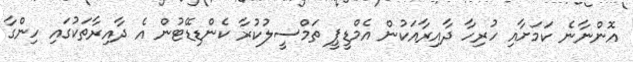
އޮންނާނެ ކަމަށާއި ހުރިހާ ދާއިރާއަކުން އެމްޑީޕީ ތަމްސީލުކުރާ ކެންޑިޑޭޓުން އެ ދާއިރާތަކުގައި ހިންގާ